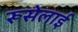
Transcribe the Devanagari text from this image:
रूसेलाई